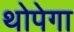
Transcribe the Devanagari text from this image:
थोपेगा